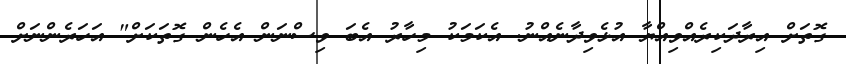
ގޮތަށް އިރާދަކިރެއްވިއްޔާ އުޅެވިދާނެއްނު. އެކަމަކު މިހާރު އެބަ ވިސްނަން އެހެން ގޮތަކަށް" އަހަރެންނަށް